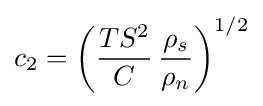
c_{2}=\left({\frac {TS^{2}}{C}}\,{\frac {\rho _{s}}{\rho _{n}}}\right)^{1/2}